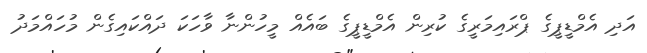
އަދި އެމްޑީޕީގެ ޕްރަައިމަރީގެ ކުރިން އެމްޑީޕީގެ ބައެއް މީހުންނާ ވާހަކަ ދައްކައިގެން މުހައްމަދު